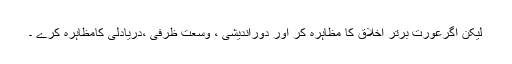
لیکن اگرعورت برتر اخلاق کا مظاہرہ کر اور دُوراندیشی ، وسعت ظرفی ،دریادلی کامظاہرہ کرے ۔